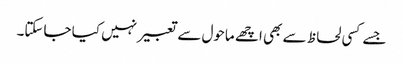
جسے کسی لحاظ سے بھی اچھے ماحول سے تعبیر نہیں کیا جاسکتا۔